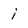
Character: i